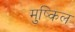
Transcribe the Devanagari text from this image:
मुष्किल